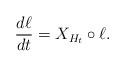
LaTeX: \begin{align*}\frac{d\ell}{dt} = X_{H_t} \circ \ell.\end{align*}